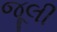
જૂલી